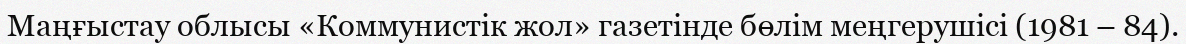
Маңғыстау облысы «Коммунистік жол» газетінде бөлім меңгерушісі (1981 – 84).